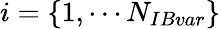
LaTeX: i=\{ 1,\cdots N_{IBvar}\}